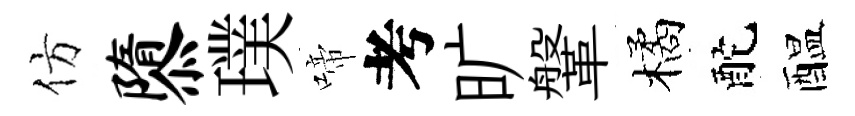
仿隳璞啼考旷鞶橘酡醖